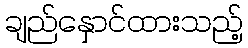
ချည်နှောင်ထားသည့်